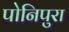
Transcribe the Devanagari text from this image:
पोनिपुरा